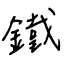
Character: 鐵